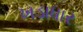
ખડાધાર